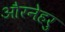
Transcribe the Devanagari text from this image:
औरनेहरु